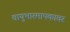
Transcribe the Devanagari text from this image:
वायुभारमापकावर